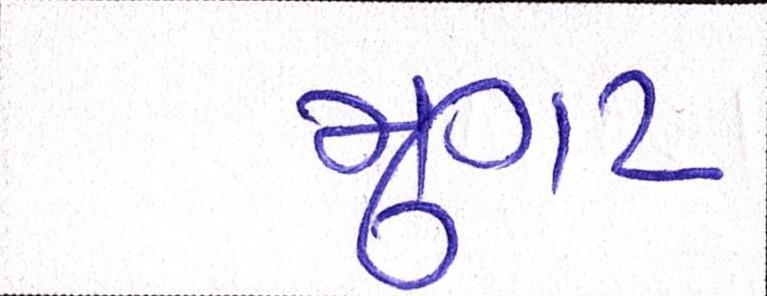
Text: મુગટ